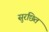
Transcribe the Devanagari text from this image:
सुरछित